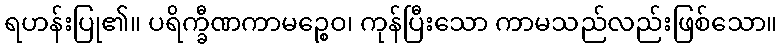
ရဟန်းပြု၏။ ပရိက္ခီဏကာမဉ္စေဝ၊ ကုန်ပြီးသော ကာမသည်လည်းဖြစ်သော။